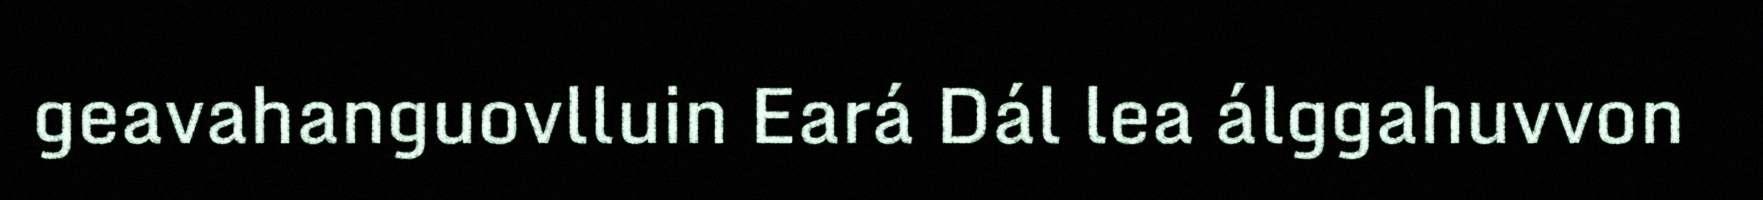
geavahanguovlluin Eará Dál lea álggahuvvon